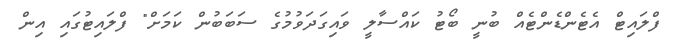
ފްލައިޓް އެޓެންޑެންޓެއް ބުނީ ބޯޓު ކައްސާލީ ވައިގަދަވުމުގެ ސަބަބުން ކަމަށް" ފްލައިޓުގައި އިން